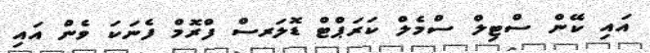
އައި ކޭން ސްޓިލް ސްމެލް ކަރަޕްޓް ޑޮލަރސް ފްރޮމް ފެނަކަ ވެން އައި